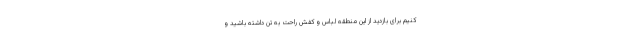
کنیم برای بازدید از این منطقه لباس و کفش راحت به تن داشته باشید و